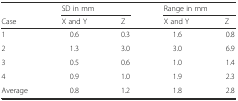
|  | <COLSPAN=2> SD in mm | <COLSPAN=2> Range in mm |
 | Case | X and Y | Z | X and Y | Z |
 | --- | --- | --- | --- | --- |
 | 1 | 0.6 | 0.3 | 1.6 | 0.8 |
 | 2 | 1.3 | 3.0 | 3.0 | 6.9 |
 | 3 | 0.5 | 0.6 | 1.0 | 1.4 |
 | 4 | 0.9 | 1.0 | 1.9 | 2.3 |
 | Average | 0.8 | 1.2 | 1.8 | 2.8 |